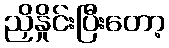
ညှိနှိုင်းပြီးတော့